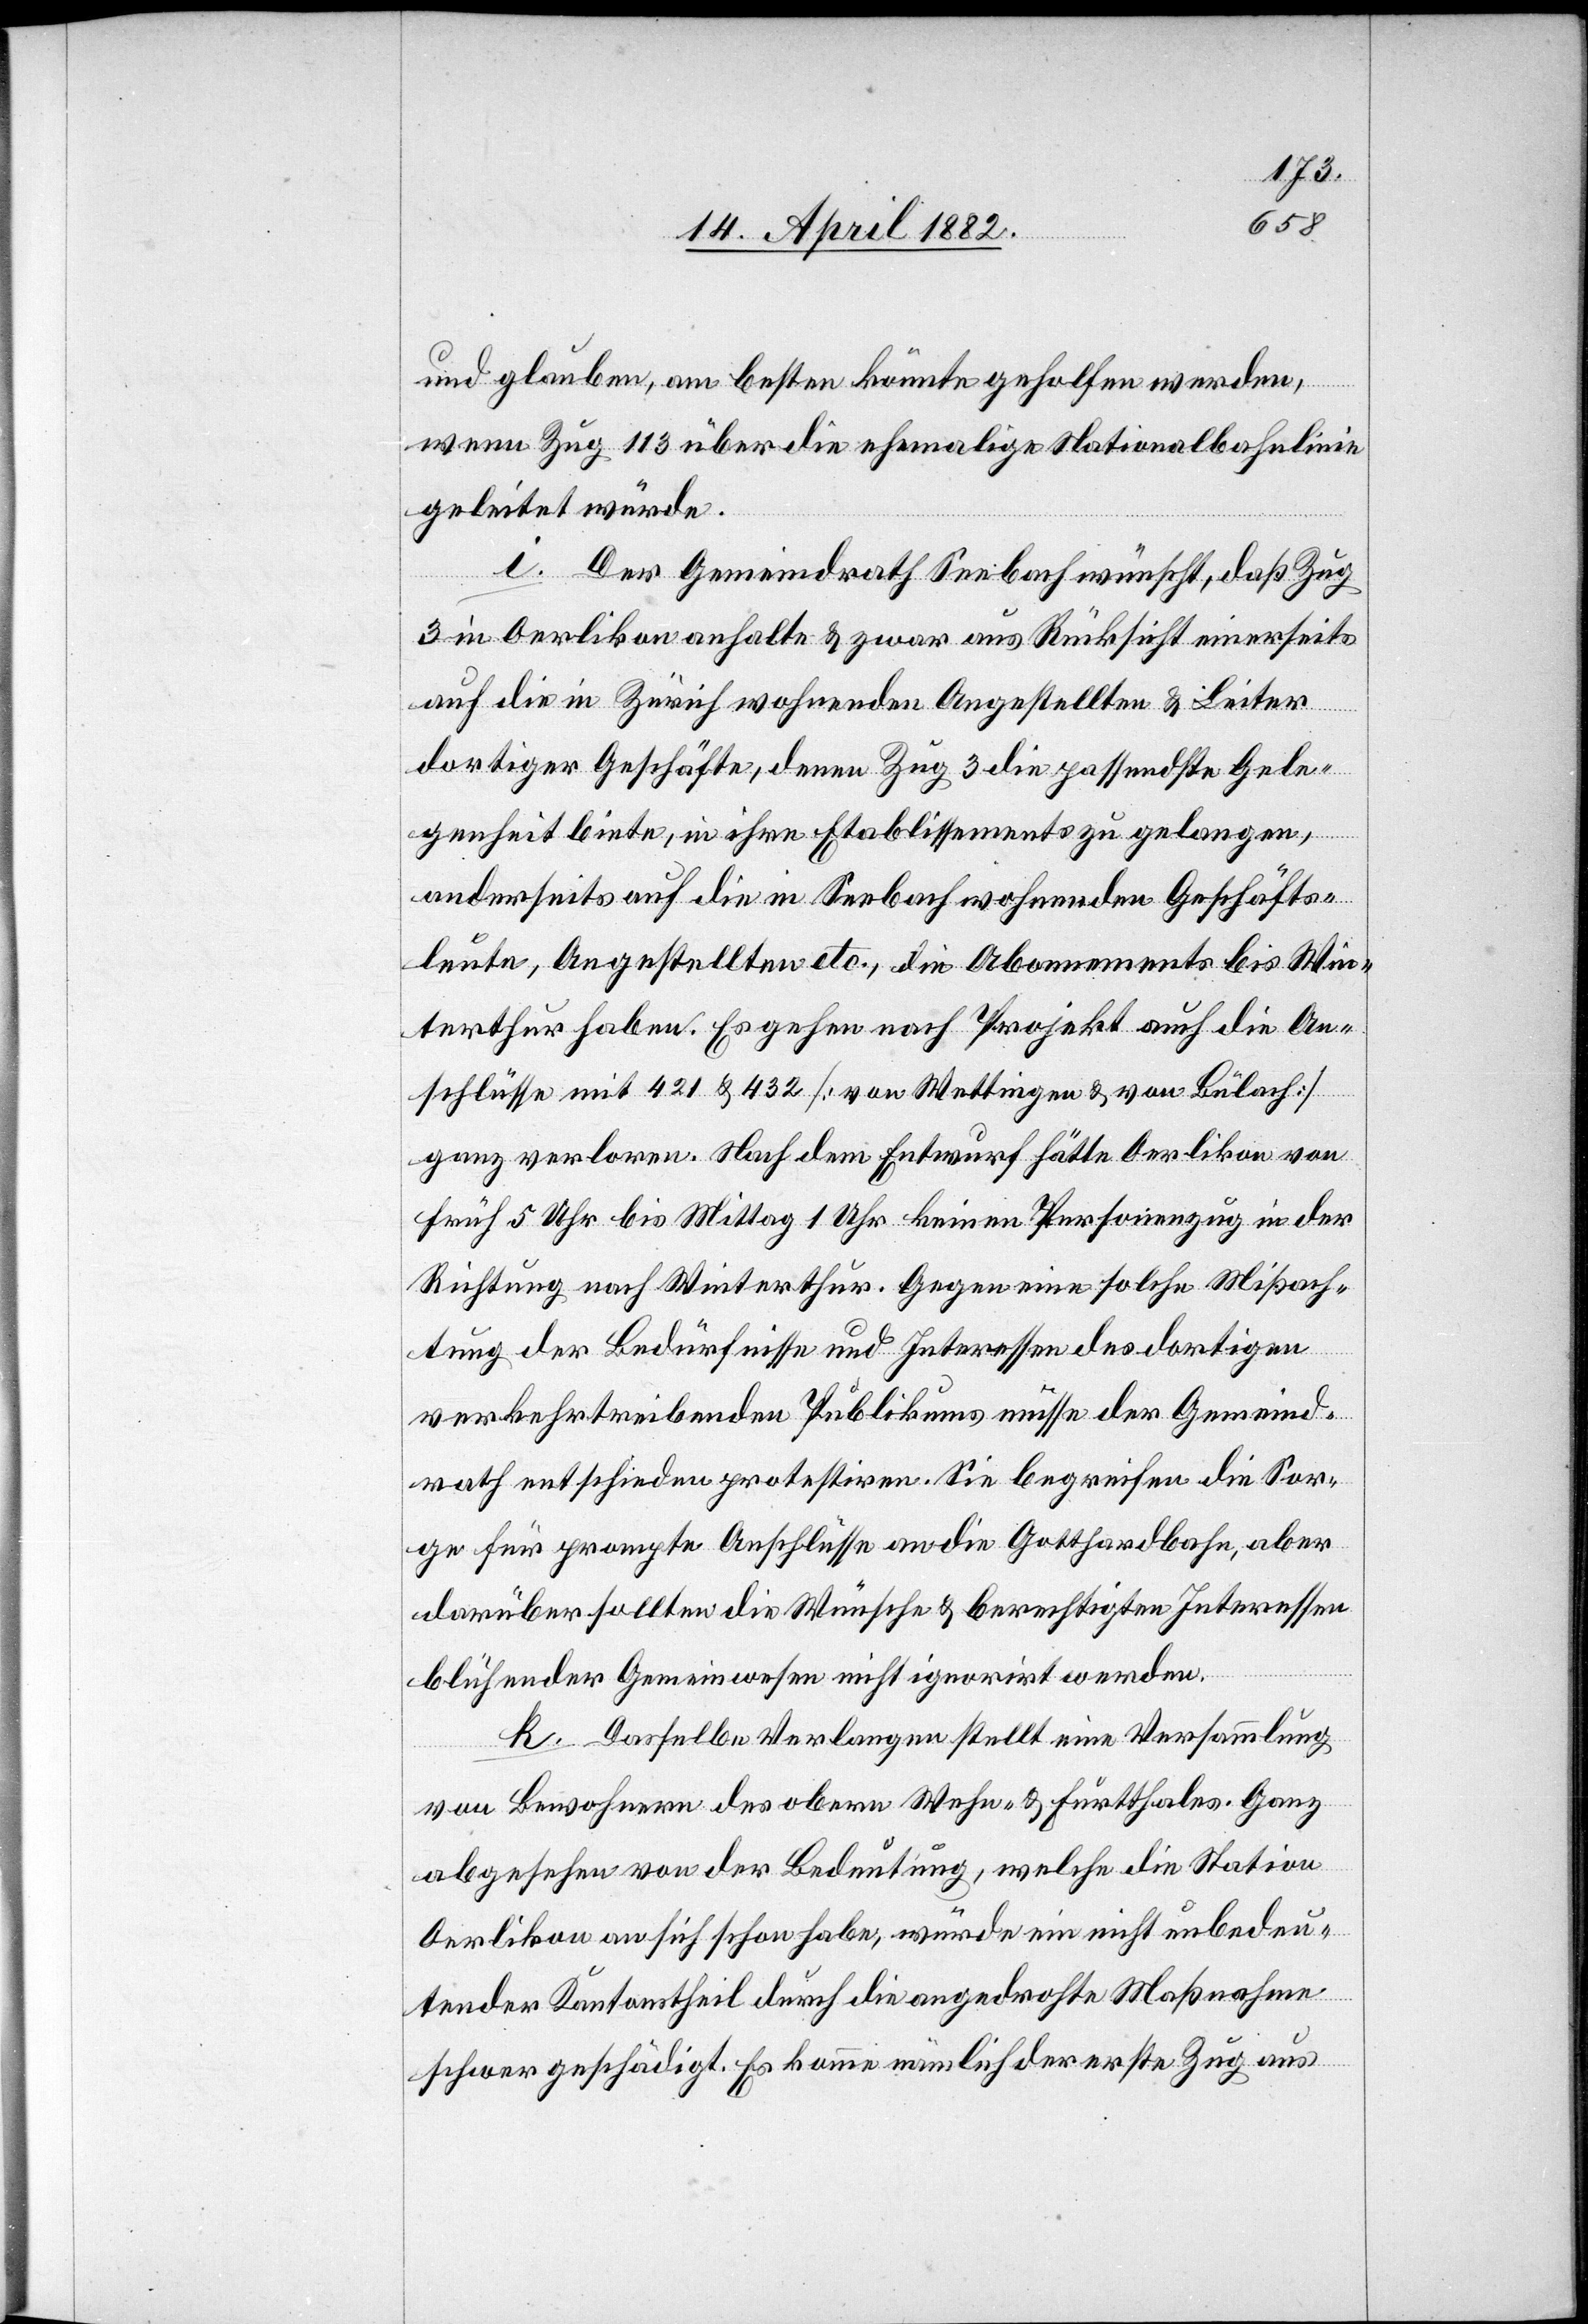
und glauben, am besten könnte geholfen werden,
wenn Zug 113 über die ehemalige Nationalbahnlinie
geleitet würde.
i. Der Gemeindrath Seebach wünscht, daß Zug
3 in Oerlikon anhalte & zwar aus Rücksicht einerseits
auf die in Zürich wohnenden Angestellten & Leiter
dortiger Geschäfte, denen Zug 3 die passendste Gele¬
genheit biete, in ihre Etablissements zu gelangen,
anderseits auf die in Seebach wohnenden Geschäfts¬
leute, Angestellten etc., die Abonnements bis Win¬
terthur haben. Es gehen nach Projekt auch die An¬
schlüsse mit 421 & 432 [von Wettingen & von Bülach]
ganz verloren. Nach dem Entwurf hätte Oerlikon von
früh 5 Uhr bis Mittag 1 Uhr keinen Personenzug in der
Richtung nach Winterthur. Gegen eine solche Mißach¬
tung der Bedürfnisse und Interessen des dortigen
verkehrtreibenden Publikums müsse der Gemeind¬
rath entschieden protestiren. Sie begreifen die Sor¬
ge für prompte Anschlüsse an die Gotthardbahn, aber
darüber sollten die Wünsche & berechtigten Interessen
blühender Gemeinwesen nicht ignorirt werden.
k. Dasselbe Verlangen stellt eine Versammlung
von Bewohnern des obern Wehn- & Furtthales. Ganz
abgesehen von der Bedeutung, welche die Station
Oerlikon an sich schon habe, würde ein nicht unbedeu¬
tender Kantonstheil durch die angedrohte Maßnahme
schwer geschädigt. Es komme nämlich der erste Zug aus